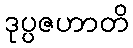
ဒုပ္ပဇဟာတိ